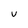
Character: v